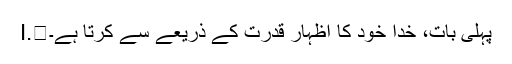
I.	پہلی بات، خُدا خود کا اِظہار قدرت کے ذریعے سے کرتا ہے۔